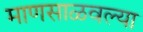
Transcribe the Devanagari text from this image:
माणसाळवल्या